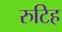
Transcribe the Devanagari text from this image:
रुटिह